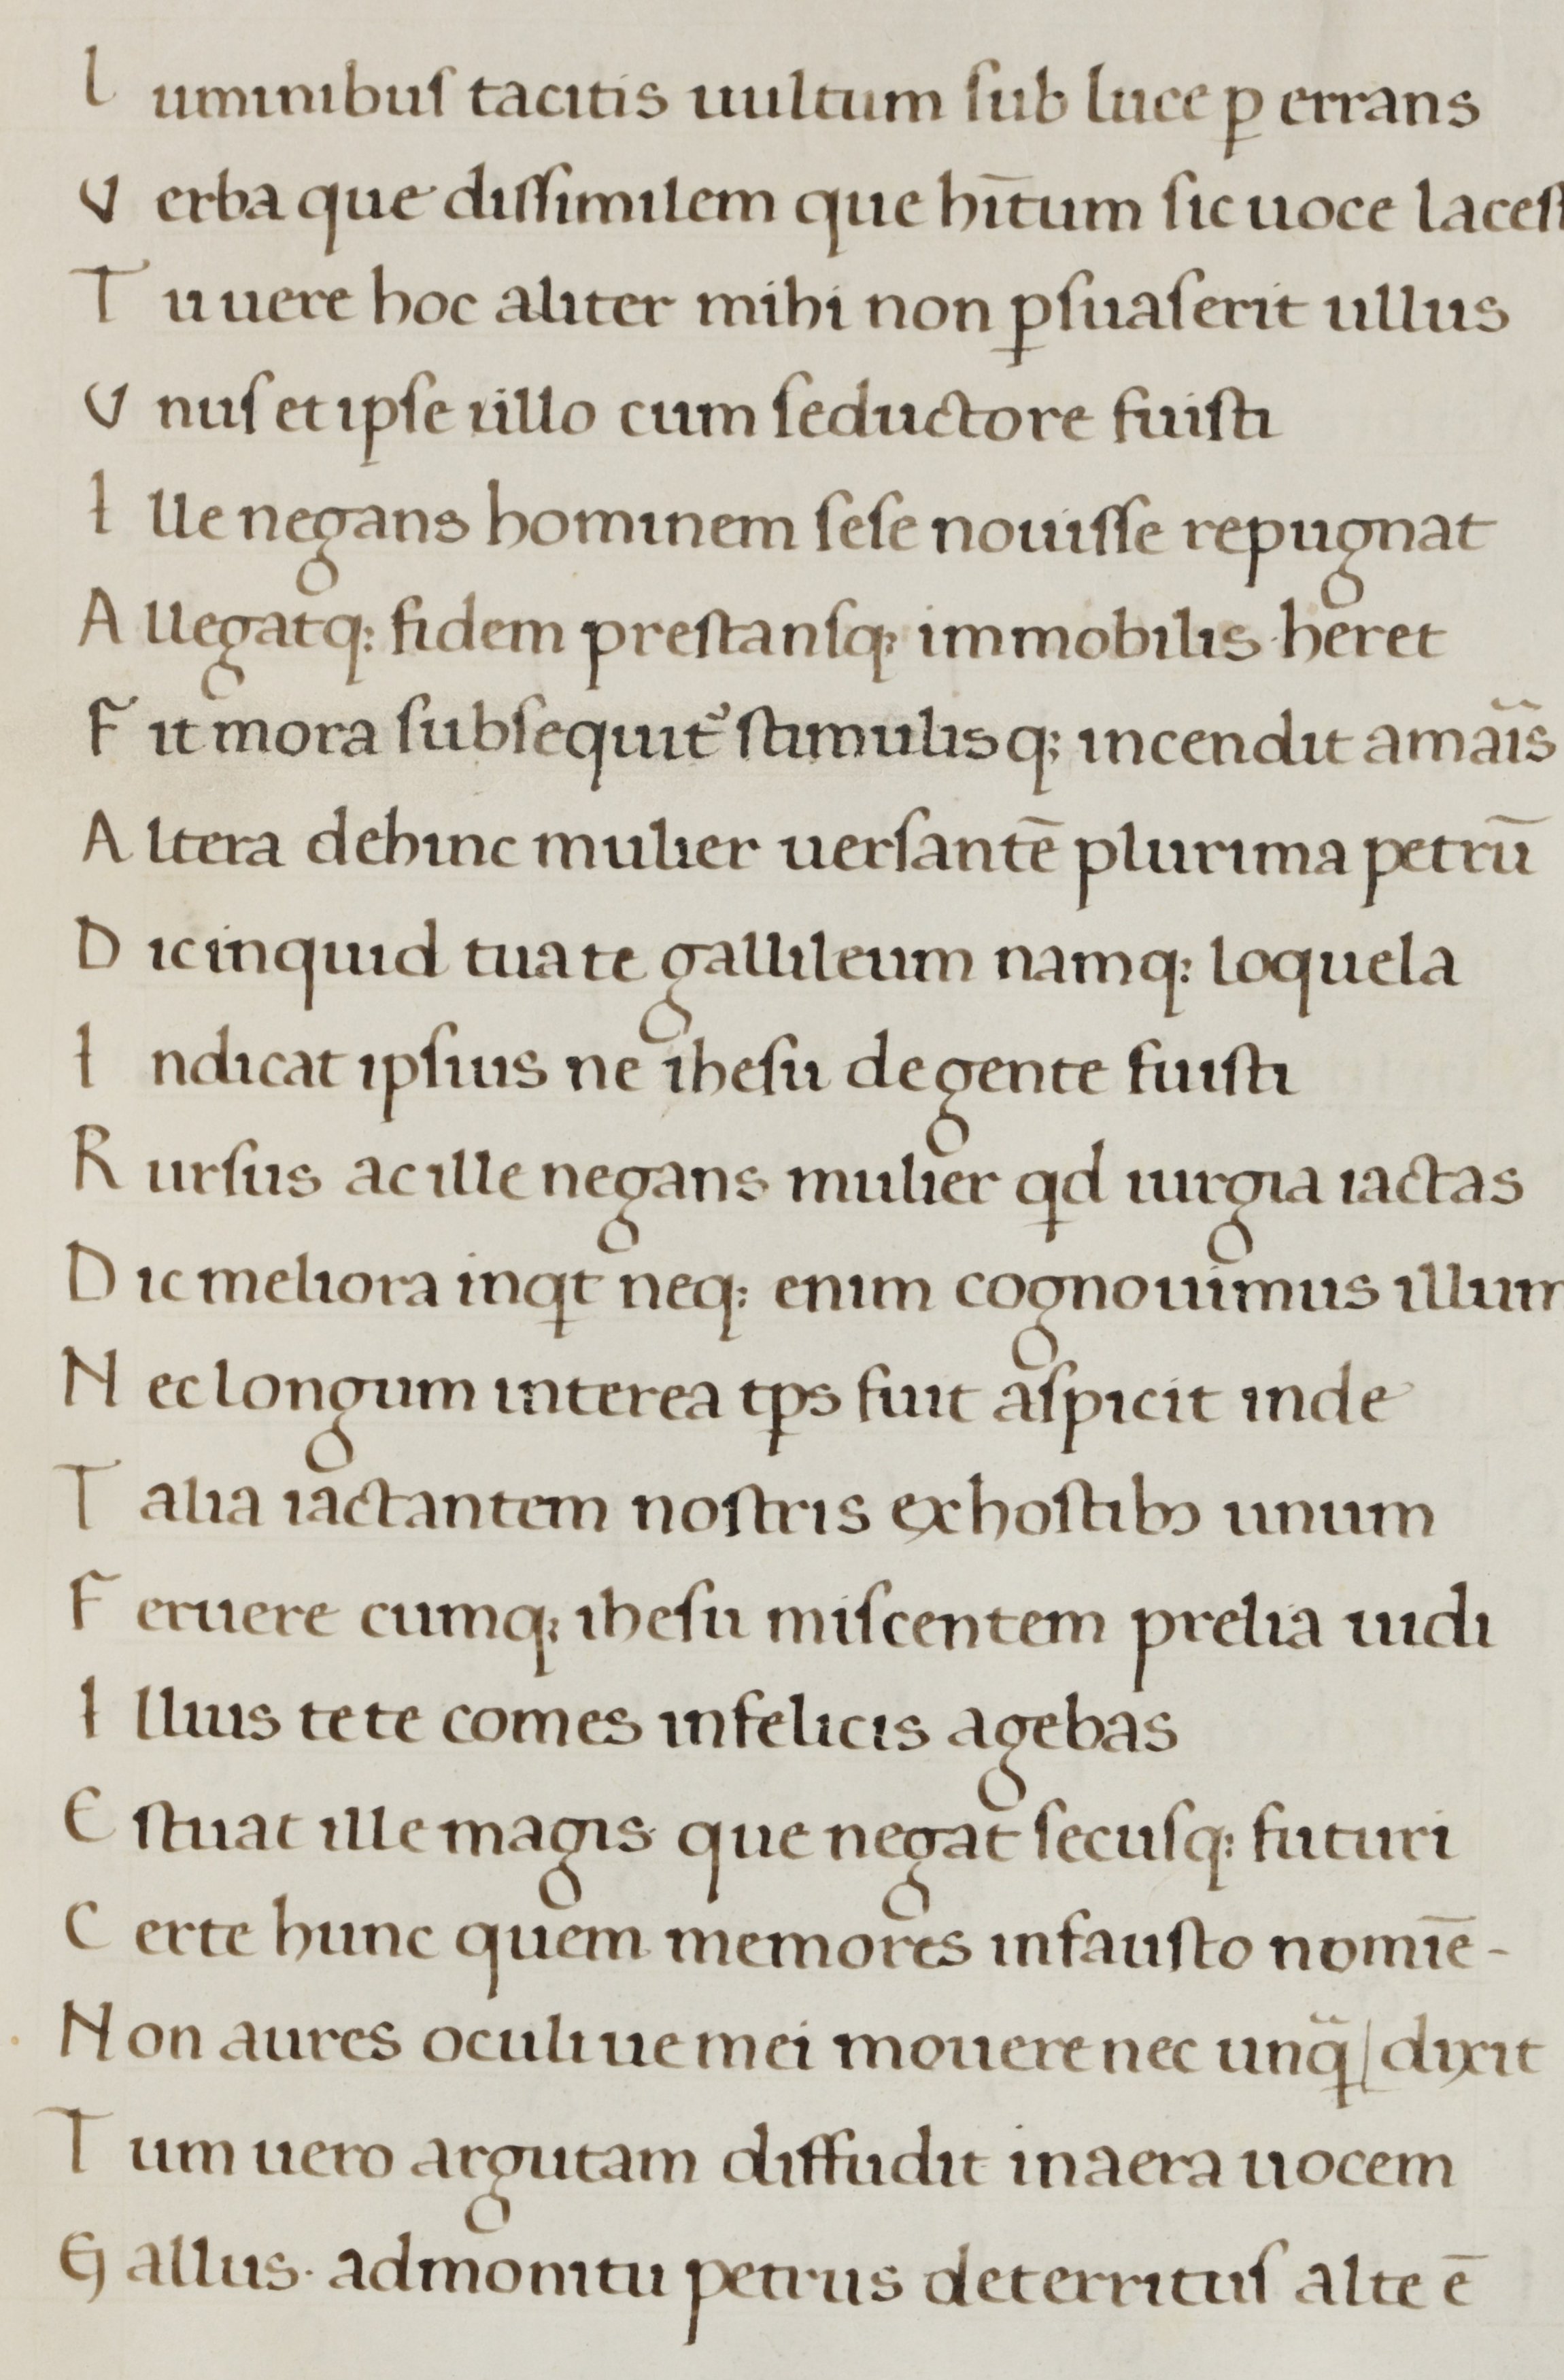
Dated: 1450–1499